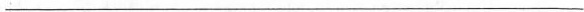
___